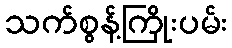
သက်စွန့်ကြိုးပမ်း